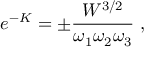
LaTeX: e ^ { - K } = \pm \frac { W ^ { 3 / 2 } } { \omega _ { 1 } \omega _ { 2 } \omega _ { 3 } } \ ,